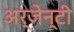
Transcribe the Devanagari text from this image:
अर्जेन्टी